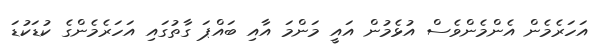
އަހަރެމެން އެންމެންވެސް އުޅެމުން އައީ މަންމަ އާއި ބައްޕަ ގާތުގައި އަހަރެމެންގެ ކުޑަކުޑަ